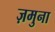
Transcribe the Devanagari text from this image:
ज़मुना